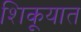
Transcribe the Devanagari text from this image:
शिकूयात